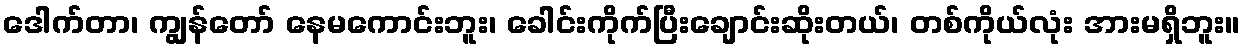
ဒေါက်တာ၊ ကျွန်တော် နေမကောင်းဘူး၊ ခေါင်းကိုက်ပြီးချောင်းဆိုးတယ်၊ တစ်ကိုယ်လုံး အားမရှိဘူး။